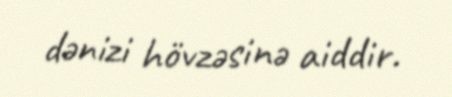
dənizi hövzəsinə aiddir.